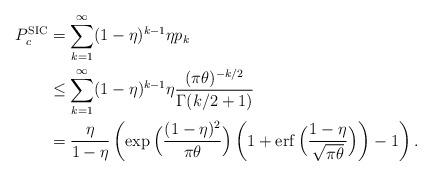
LaTeX: \begin{align*}P_c^{\textnormal{SIC}}&=\sum_{k=1}^\infty (1-\eta)^{k-1} \eta p_k \\&\leq \sum_{k=1}^\infty (1-\eta)^{k-1} \eta \frac{(\pi\theta)^{-k/2}}{\Gamma(k/2+1)} \\&= \frac{\eta}{1-\eta}\left(\exp\Big( \frac{(1-\eta)^2}{\pi\theta} \Big)\left(1+\operatorname{erf}\Big(\frac{1-\eta}{\sqrt{\pi\theta}}\Big)\right)-1\right).\end{align*}